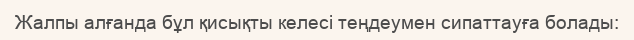
Жалпы алғанда бұл қисықты келесі теңдеумен сипаттауға болады: